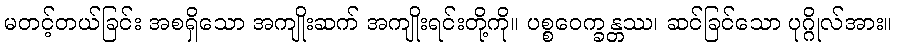
မတင့်တယ်ခြင်း အစရှိသော အကျိုးဆက် အကျိုးရင်းတို့ကို။ ပစ္စဝေက္ခန္တဿ၊ ဆင်ခြင်သော ပုဂ္ဂိုလ်အား။